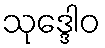
သုဒ္ဒေါဝ